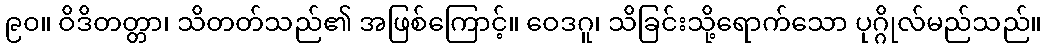
၉၀။ ဝိဒိတတ္တာ၊ သိတတ်သည်၏ အဖြစ်ကြောင့်။ ဝေဒဂူ၊ သိခြင်းသို့ရောက်သော ပုဂ္ဂိုလ်မည်သည်။